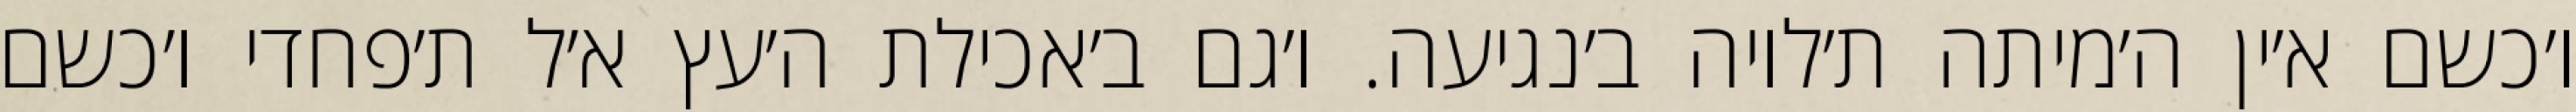
ו׳כשם א׳ין ה׳מיתה ת׳לויה ב׳נגיעה. ו׳גם ב׳אכילת ה׳עץ א׳ל ת׳פחדי ו׳כשם